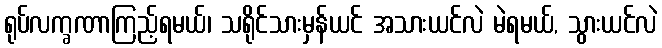
ရုပ်လက္ခဏာကြည့်ရမယ်၊ သရိုင်သားမှန်ယင် အသားယင်လဲ မဲရမယ်, သွားယင်လဲ